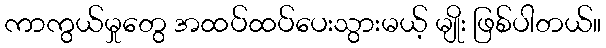
ကာကွယ်မှုတွေ အထပ်ထပ်ပေးသွားမယ့် မျိုး ဖြစ်ပါတယ်။